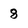
Character: 8